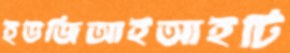
ইউজিআইআইটি